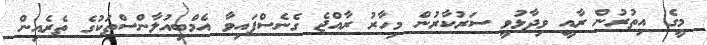
މީގެ އިތުރުން ރާއީ ވިދާޅުވީ ސަރުކާރުން މިހާރު ރާއްޖެ ގެނެސްފައިވާ އެމްބިއުލާންސްތަކުގެ ތެރެއިން